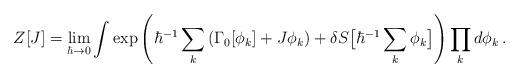
LaTeX: \begin{align*}Z[J]= \lim_{\hbar\to 0}\int\exp\left(\hbar^{-1}\sum_k\left(\Gamma_0[\phi_k]+J\phi_k\right)+\delta S\big[\hbar^{-1}\sum_k\phi_k\big]\right)\prod_kd\phi_k \,.\end{align*}